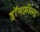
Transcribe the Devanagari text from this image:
ड्रॉनफ़ील्ड